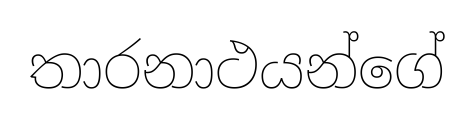
තාරනාථයන්ගේ